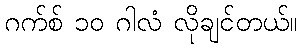
ဂက်စ် ၁၀ ဂါလံ လိုချင်တယ်။